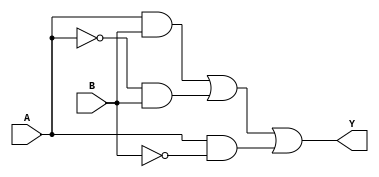
module xor_gate (
    input A,
    input B,
    output Y
);

wire A_inv;

assign A_inv = ~A;

// Transmission gates
assign Y = A & B | A_inv & B | A & ~B;

endmodule